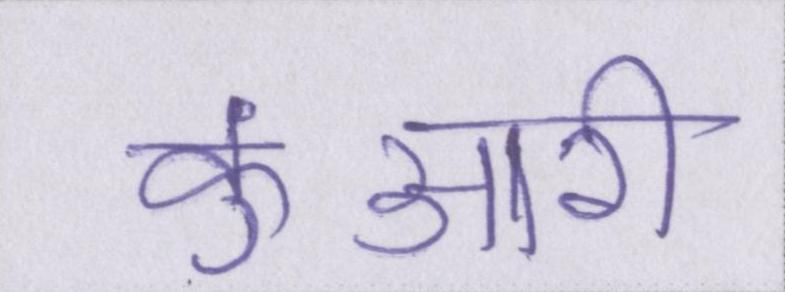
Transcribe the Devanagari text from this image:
कुंआरी